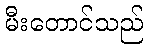
မီးတောင်သည်